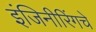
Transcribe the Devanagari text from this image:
इंजिनीरिंगचे